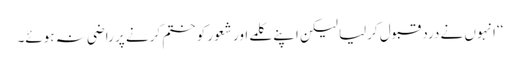
‘‘انہوں نے درد قبول کرلیا لیکن اپنے کلمے اور شعور کو ختم کرنے پر راضی نہ ہوئے۔